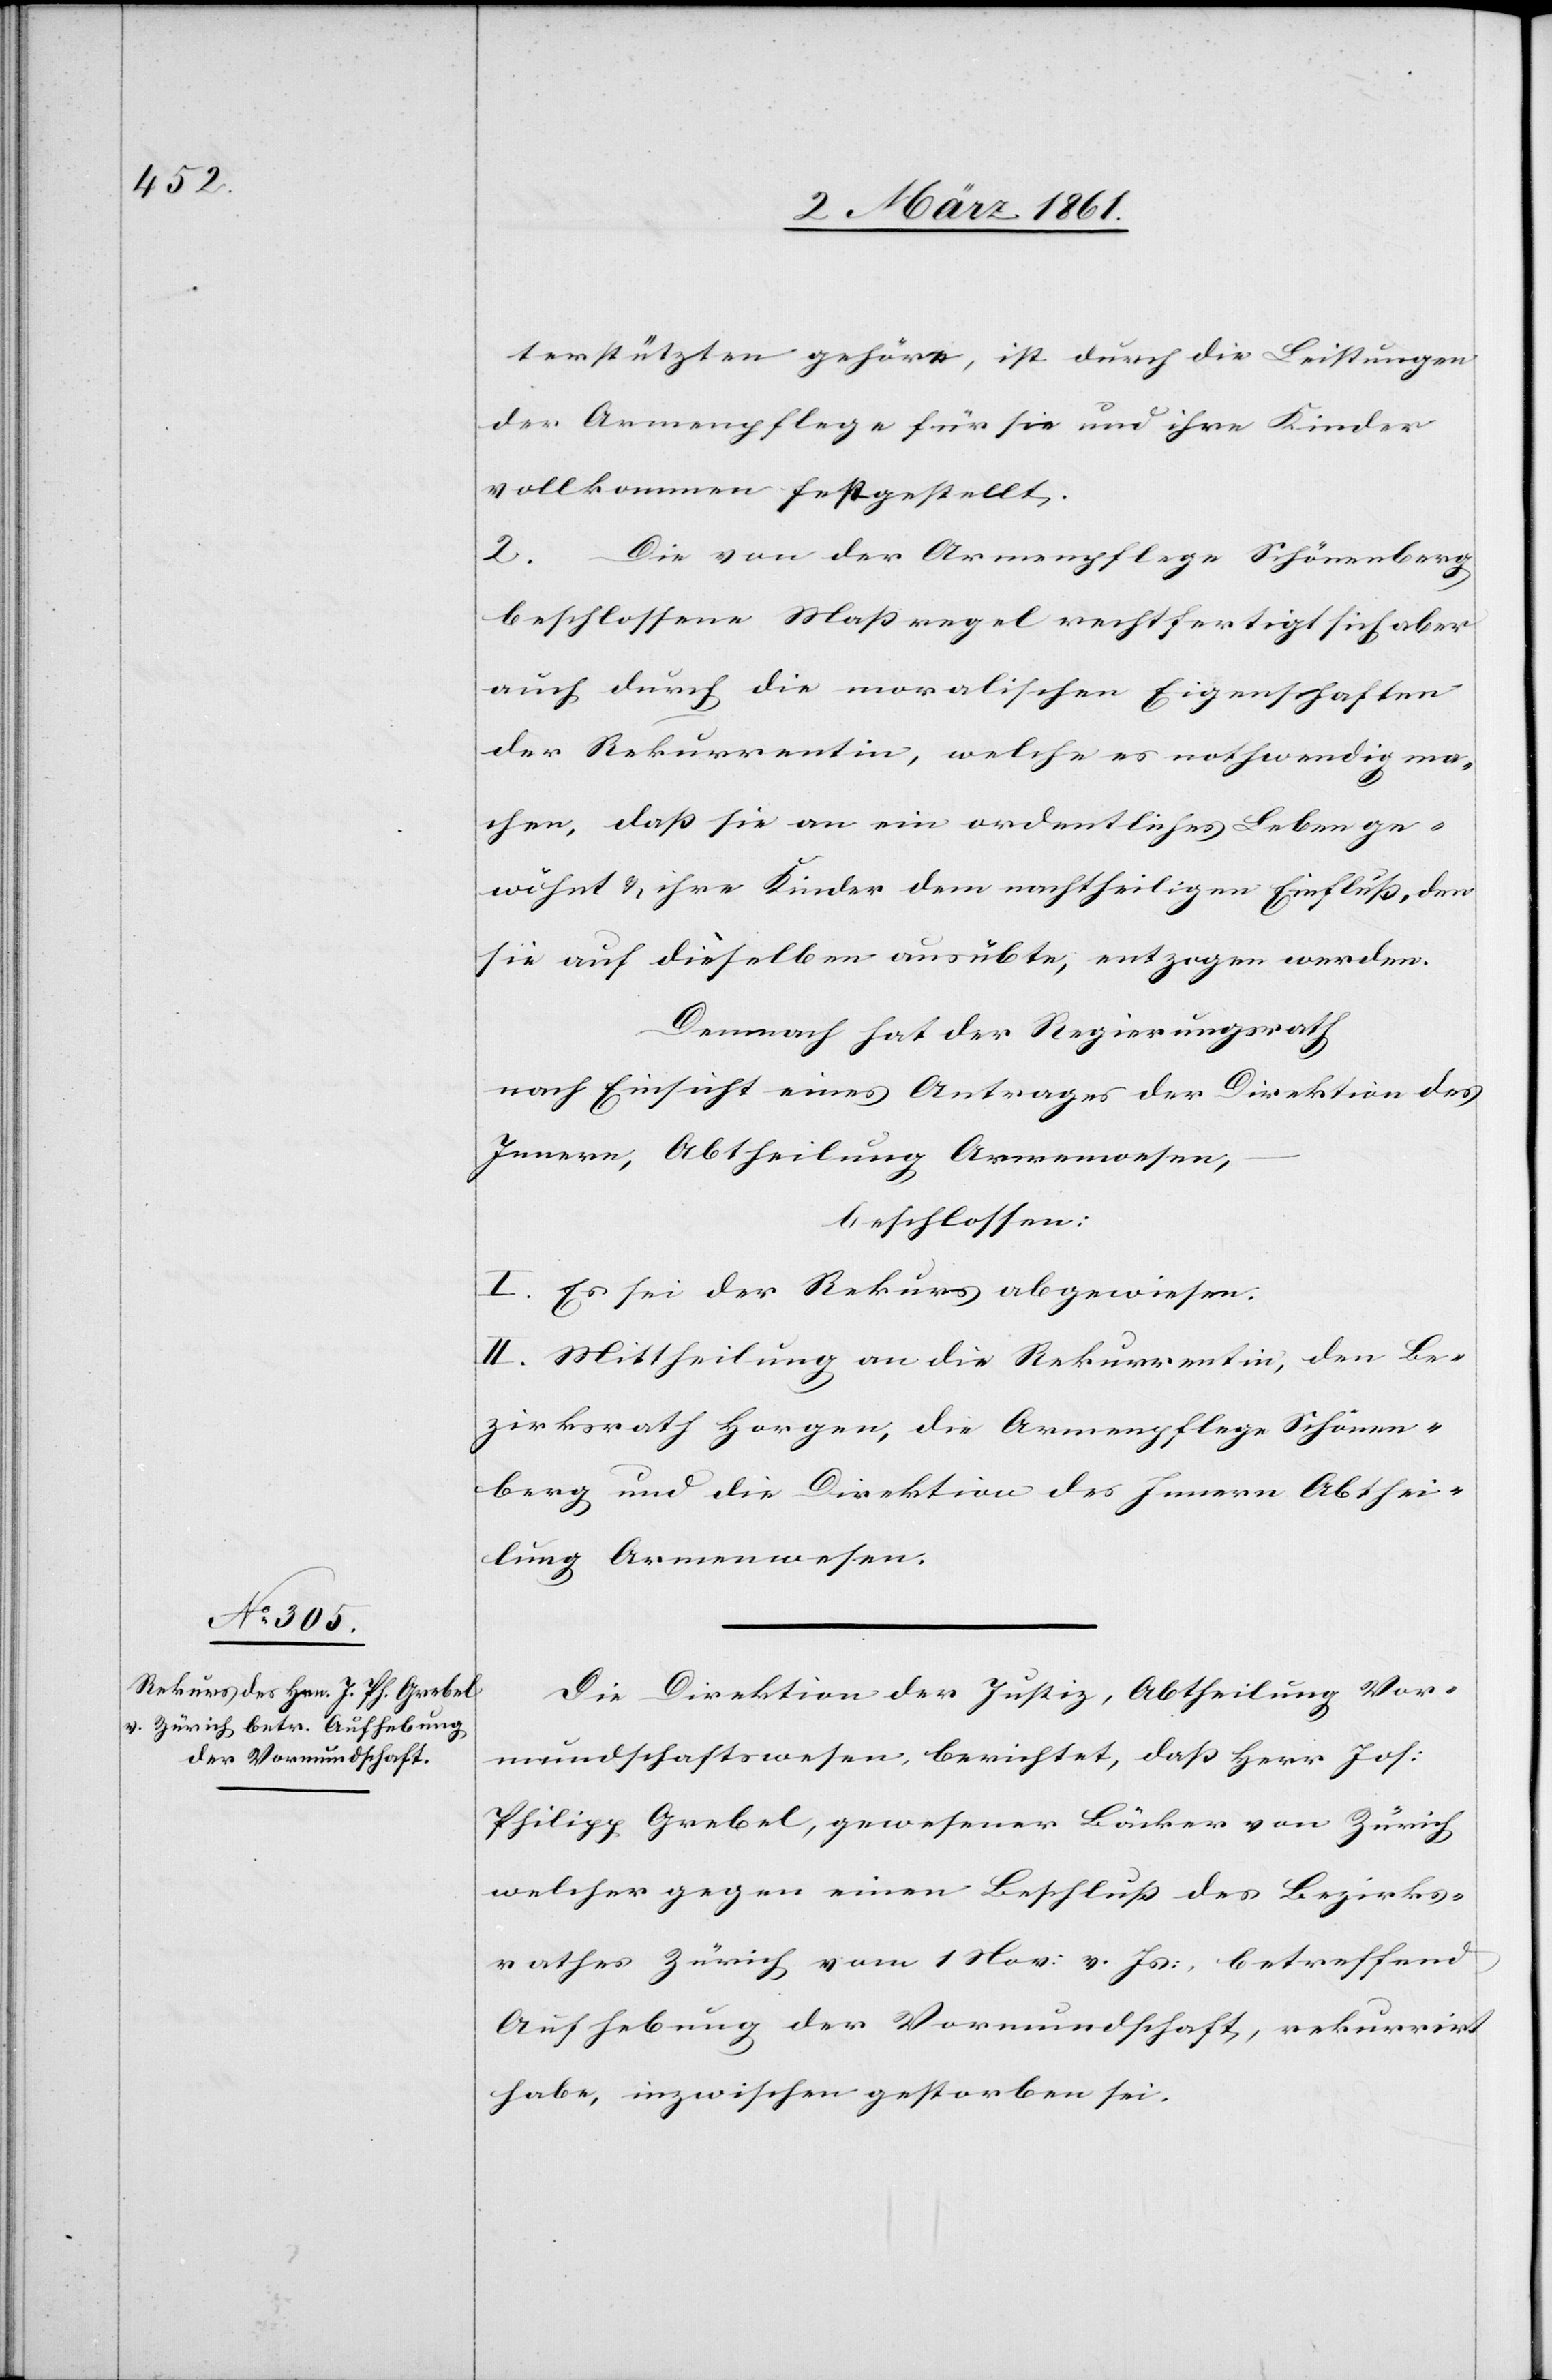
terstützten gehöre, ist durch die Leistungen
der Armenpflege für sie und ihre Kinder
vollkommen festgestellt.
2.
Die von der Armenpflege Schönenberg
beschlossene Massregel rechtfertigt sich aber
auch durch die moralischen Eigenschaften
der Rekurrentin, welche es nothwendig ma¬
chen, das sie an ein ordentliches Leben ge¬
wöhnt u. ihre Kinder dem nachtheiligen Einfluss, den
sie auf dieselben ausübte, entzogen werden.
Demnach hat der Regierungsrath
nach Einsicht eines Antrages der Direktion des
Innern, Abtheilung Armenwesen,
beschlossen:
I. Es sei der Rekurs abgewiesen.
II. Mittheilung an die Rekurrentin, den Be¬
zirksrath Horgen, die Armenpflege Schönen¬
berg und die Direktion des Innern Abthei¬
lung Armenwesen.
Die Direktion der Justiz, Abtheilung Vor¬
mundschaftswesen, berichtet, dass Herr Jos:
Philipp Grebel, gewesener Bäcker von Zürich,
welcher gegen einen Beschluss des Bezirks¬
rathes Zürich vom 1. Nov. v. Js., betreffend
Aufhebung der Vormundschaft, rekurrirt
habe, inzwischen gestorben sei.